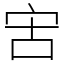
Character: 㝒